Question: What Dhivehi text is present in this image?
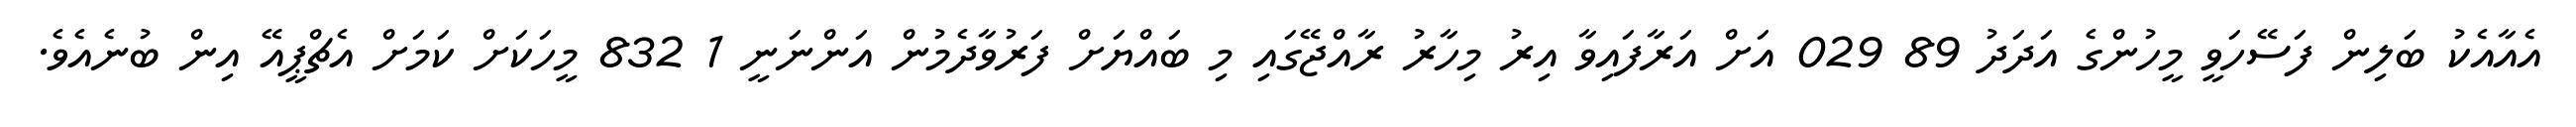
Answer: އެއާއެކު ބަލިން ފަސޭހަވީ މީހުންގެ އަދަދު 89 029 އަށް އަރާފައިވާ އިރު މިހާރު ރާއްޖޭގައި މި ބައްޔަށް ފަރުވާދެމުން އަންނަނީ 1 832 މީހަކަށް ކަމަށް އެޗްޕީއޭ އިން ބުނެއެވެ.